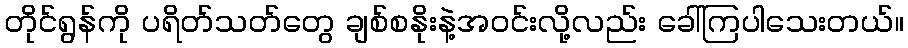
တိုင်ရွန်ကို ပရိတ်သတ်တွေ ချစ်စနိုးနဲ့အဝင်းလို့လည်း ခေါ်ကြပါသေးတယ်။